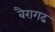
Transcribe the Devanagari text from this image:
बैरागढ